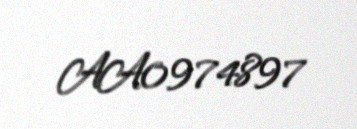
AA0974897